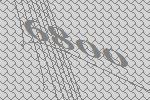
6800